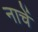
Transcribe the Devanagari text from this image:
नाचें